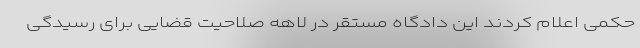
حکمی اعلام کردند این دادگاه مستقر در لاهه صلاحیت قضایی برای رسیدگی